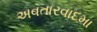
અવતારવાદમા